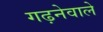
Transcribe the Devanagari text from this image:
गढ़नेवाले